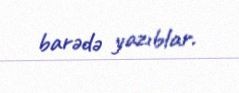
barədə yazıblar.